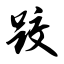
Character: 跤